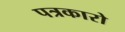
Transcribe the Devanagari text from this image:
पत्रकारो